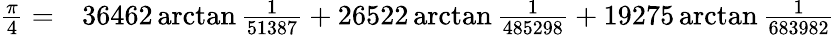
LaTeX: \begin{array}{rl}{{\frac{\pi}{4}}=}&{{}36462\arctan{\frac{1}{51387}}+26522\arctan{\frac{1}{485298}}+19275\arctan{\frac{1}{683982}}}\end{array}